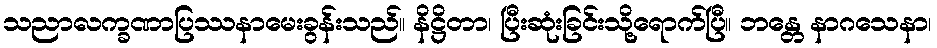
သညာလက္ခဏာပြဿနာမေးခွန်းသည်။ နိဋ္ဌိတာ၊ ပြီးဆုံးခြင်းသို့ရောက်ပြီ။ ဘန္တေ နာဂသေနာ၊